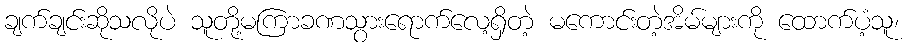
ချက်ချင်းဆိုသလိုပဲ သူတို့မကြာခဏသွားရောက်လေ့ရှိတဲ့ မကောင်းတဲ့အိမ်များကို ထောက်ပံ့သူ၊